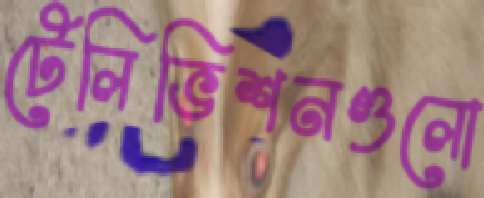
টেলিভিশনগুলো